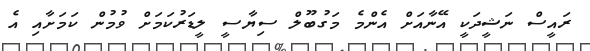
ރައީސް ނަޝީދަކީ އޭނާއަށް އެންމެ މަގުބޫލް ސިޔާސީ ލީޑަރުކަމަށް ވުމުން ކަމަށާއި އެ